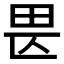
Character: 𤰵